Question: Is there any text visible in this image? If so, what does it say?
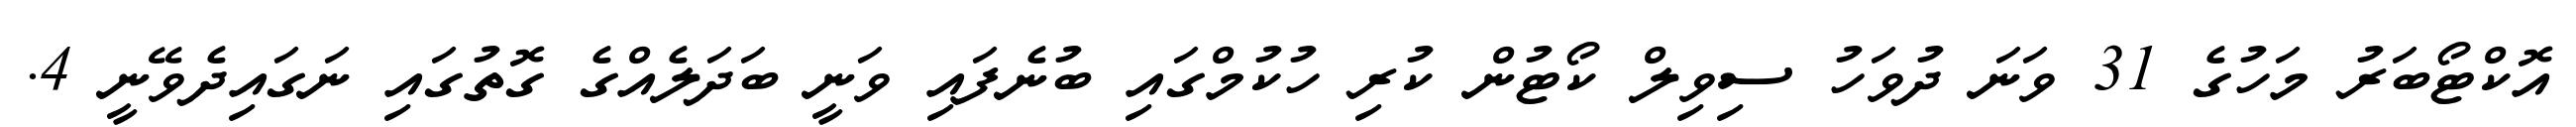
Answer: އޮކްޓޯބަރު މަހުގެ 31 ވަނަ ދުވަހު ސިވިލް ކޯޓުން ކުރި ހުކުމްގައި ބުނެފައި ވަނީ ބަދަލެއްގެ ގޮތުގައި ނަގައިދެވޭނީ 4.